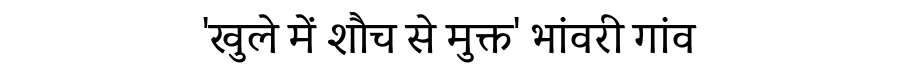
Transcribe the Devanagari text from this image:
'खुले में शौच से मुक्त' भांवरी गांव